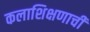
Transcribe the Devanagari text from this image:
कलाशिक्षणाची